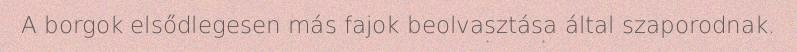
A borgok elsődlegesen más fajok beolvasztása által szaporodnak.